Lunatic asylums Punjab 1881-1894 - 1881-1894
Year: 1881
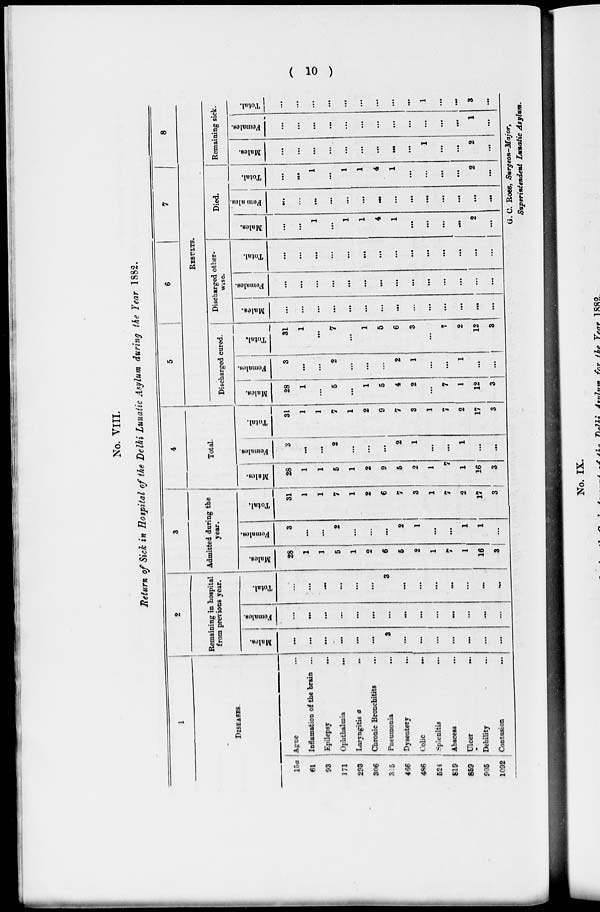
( 10 )
No. VIII.
Return of Sick in Hospital of the Delhi Lunatic Asylum during the Year 1882.
1
DISEASES.
15a
61
93
171
293
306
315
466
486
524
819
859
905
1092
Ague ...
Inflamation of the brain ...
Epilepsy ...
Ophthalmia
...
Laryngitis a ...
Chronic Bronchitits ...
Pneumonia ...
Dysentery ...
Colic
...
Splenitis
...
Abscess ...
Ulcer
...
Debility ...
Contusion
...
2
Remaining in hospital
from previous year.
Males.
...
...
...
...
...
...
3
...
...
...
...
...
...
...
Females.
...
...
...
...
...
...
...
...
...
...
...
...
...
...
Total.
...
...
...
...
...
3
...
...
...
...
...
...
...
3
Admitted during the
year.
Males.
28
1
1
5
1
2
6
5
2
1
7
1
16
3
Females.
3
...
...
2
...
...
...
2
1
...
...
1
1
...
Total.
31
1
1
7
1
2
6
7
3
1
7
2
17
3
4
Total.
Males.
28
1
1
5
1
2
9
5
2
1
7
1
16
3
Females.
3
...
...
2
...
...
...
2
1
...
...
1
...
...
Total.
31
1
1
7
1
2
9
7
3
1
7
2
17
3
5
6
7
8
RESULTS.
Discharged cured.
Males.
28
1
...
5
...
1
5
4
2
...
7
1
12
3
Females.
3
...
...
2
...
...
...
2
1
...
...
1
...
...
Total.
31
1
...
7
...
1
5
6
3
...
7
2
12
3
Discharged other-
wise.
Males.
...
...
...
...
...
...
...
...
...
...
...
...
...
...
Females.
...
...
...
...
...
...
...
...
...
...
...
...
...
...
Total.
...
...
...
...
...
...
...
...
...
...
...
...
...
...
Died.
Males.
...
...
1
...
1
1
4
1
...
...
...
...
2
...
Females.
...
...
...
...
...
...
...
...
...
...
...
...
...
...
Total.
...
...
1
...
1
1
4
1
...
...
...
...
2
...
Remaining sick.
Males.
...
...
...
...
...
...
...
...
...
1
...
...
2
...
Females.
...
...
...
...
...
...
...
...
...
...
...
...
1
...
Total.
...
...
...
...
...
...
...
...
...
1
...
...
3
...
G. C. ROSS, Sugeon-Major,
Superintendent Lunatic Asylum.